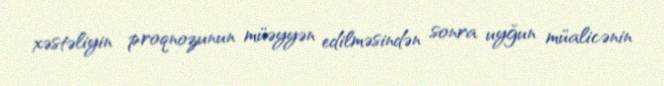
xəstəliyin proqnozunun müəyyən edilməsindən sonra uyğun müalicənin